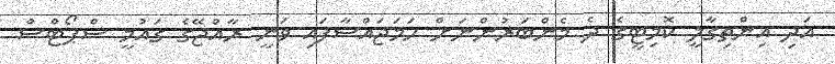
އަދި އިންތިގާލީ ކޮމިޓީގެ ދެ މެންބަރުންނަށް ހަމަޖައްސާފައި ވަނީ ރާއްޖޭގެ ގައުމީ ސްޕޯޓްސް